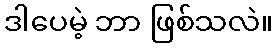
ဒါပေမဲ့ ဘာ ဖြစ်သလဲ။